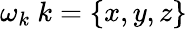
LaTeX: \omega_{k}\ k=\{ x,y,z\}